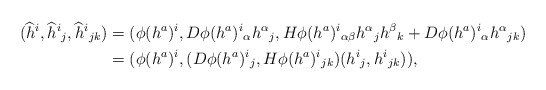
\begin{align*}(\widehat{h}^i,\widehat{h}^i{}_j,\widehat{h}^i{}_{jk})&=(\phi(h^a)^i,D\phi(h^a)^i{}_\alpha h^\alpha{}_j,H\phi(h^a)^i{}_{\alpha\beta}h^\alpha{}_jh^\beta{}_k+D\phi(h^a)^i{}_\alpha h^\alpha{}_{jk})\\*&=(\phi(h^a)^i,(D\phi(h^a)^i{}_j,H\phi(h^a)^i{}_{jk})(h^i{}_j,h^i{}_{jk})),\end{align*}